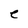
Character: e